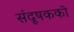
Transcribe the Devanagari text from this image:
संदूषकको